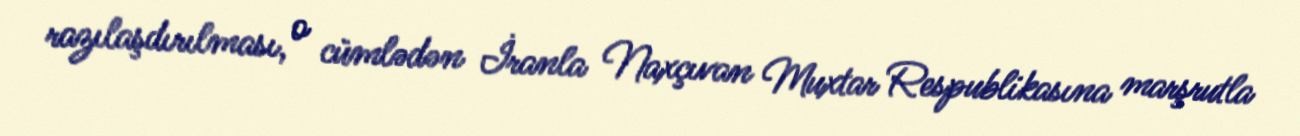
razılaşdırılması, o cümlədən İranla Naxçıvan Muxtar Respublikasına marşrutla